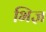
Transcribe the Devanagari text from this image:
भिज्ञ